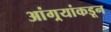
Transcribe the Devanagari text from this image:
आंग्र्‌यांकडून